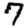
Digit: 7